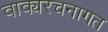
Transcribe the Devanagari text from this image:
वाक्यरचनागत